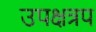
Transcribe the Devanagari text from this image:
उपक्षत्रप